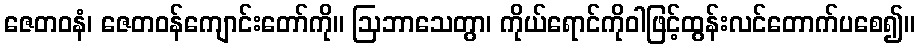
ဇေတဝနံ၊ ဇေတဝန်ကျောင်းတော်ကို။ ဩဘာသေတွာ၊ ကိုယ်ရောင်ကိုဝါဖြင့်ထွန်းလင်တောက်ပစေ၍။